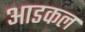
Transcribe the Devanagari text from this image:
आडकल